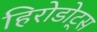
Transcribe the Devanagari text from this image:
हिरोडोट्स